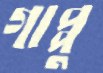
গাপ্পু